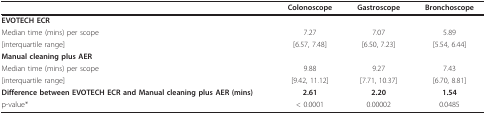
<table><thead><tr><td></td><td><b>Colonoscope</b></td><td><b>Gastroscope</b></td><td><b>Bronchoscope</b></td></tr></thead><tbody><tr><td><b>EVOTECH ECR</b></td><td></td><td></td><td></td></tr><tr><td>Median time (mins) per scope</td><td>7.27</td><td>7.07</td><td>5.89</td></tr><tr><td>[interquartile range]</td><td>[6.57, 7.48]</td><td>[6.50, 7.23]</td><td>[5.54, 6.44]</td></tr><tr><td><b>Manual cleaning plus AER</b></td><td></td><td></td><td></td></tr><tr><td>Median time (mins) per scope</td><td>9.88</td><td>9.27</td><td>7.43</td></tr><tr><td>[interquartile range]</td><td>[9.42, 11.12]</td><td>[7.71, 10.37]</td><td>[6.70, 8.81]</td></tr><tr><td><b>Difference between EVOTECH ECR and Manual cleaning plus AER (mins)</b></td><td><b>2.61</b></td><td><b>2.20</b></td><td><b>1.54</b></td></tr><tr><td>p-value*</td><td>&lt; 0.0001</td><td>0.00002</td><td>0.0485</td></tr></tbody></table>